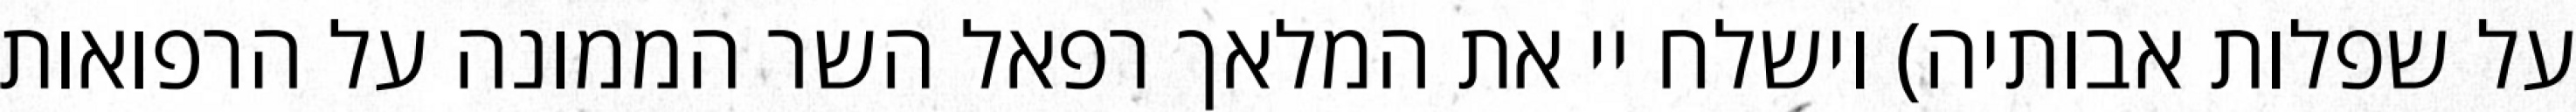
על שפלות אבותיה) וישלח יי את המלאך רפאל השר הממונה על הרפואות